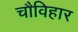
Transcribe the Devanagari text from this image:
चौविहार